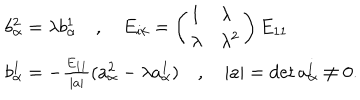
\begin{array} { l } { { b _ { \alpha } ^ { 2 } = \lambda b _ { \alpha } ^ { 1 } \quad , \quad E _ { i k } = \left( \begin{array} { l l } { { 1 } } & { { \lambda } } \\ { { \lambda } } & { { \lambda ^ { 2 } } } \\ \end{array} \right) E _ { 1 1 } } } \\ { { b _ { \alpha } ^ { 1 } = - \frac { E _ { 1 1 } } { | a | } ( a _ { \alpha } ^ { 2 } - \lambda a _ { \alpha } ^ { 1 } ) \quad , \quad | a | = \det a _ { \alpha } ^ { i } \not = 0 . } } \\ \end{array}